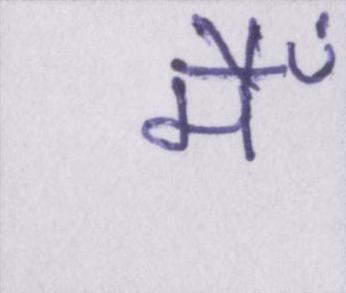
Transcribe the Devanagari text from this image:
मैँ